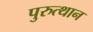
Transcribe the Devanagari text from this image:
पुरुत्थान